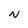
Character: N